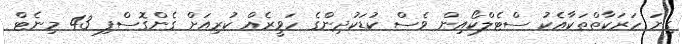
ގިނަ ހަރަކާތްތަކާއެކު ސްޓެލްކޯއިން ވެސް ކުޑަކުދިންގެ ހަވީރެއް ކުރިއަށް ގެންގޮސްފި 43 މިނެޓް